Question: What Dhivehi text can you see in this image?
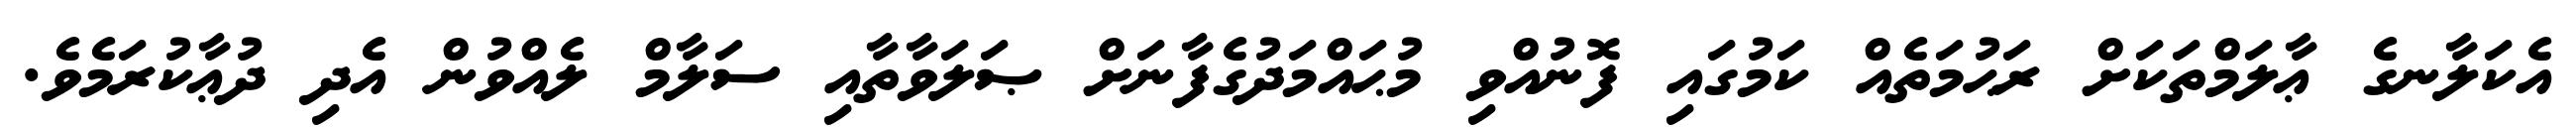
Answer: އެކަލާނގެ ޢާލަމްތަކަށް ރަޙުމަތެއް ކަމުގައި ފޮނުއްވި މުޙައްމަދުގެފާނަށް ޞަލަވާތާއި ސަލާމް ލެއްވުން އެދި ދުޢާކުރަމެވެ.